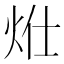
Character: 𤇧